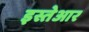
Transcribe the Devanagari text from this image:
इस्तेआर